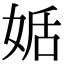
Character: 𡝜